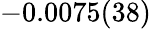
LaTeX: -0.0075(38)